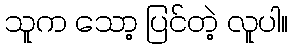
သူက သော့ ပြင်တဲ့ လူပါ။